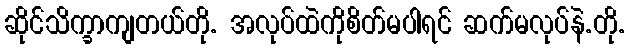
ဆိုင်သိက္ခာကျတယ်တို. အလုပ်ထဲကိုစိတ်မပါရင် ဆက်မလုပ်နဲ.တို.